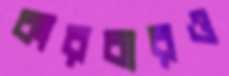
কারবারও